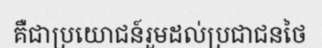
គឺជាប្រយោជន៍រួមដល់ប្រជាជនថៃ